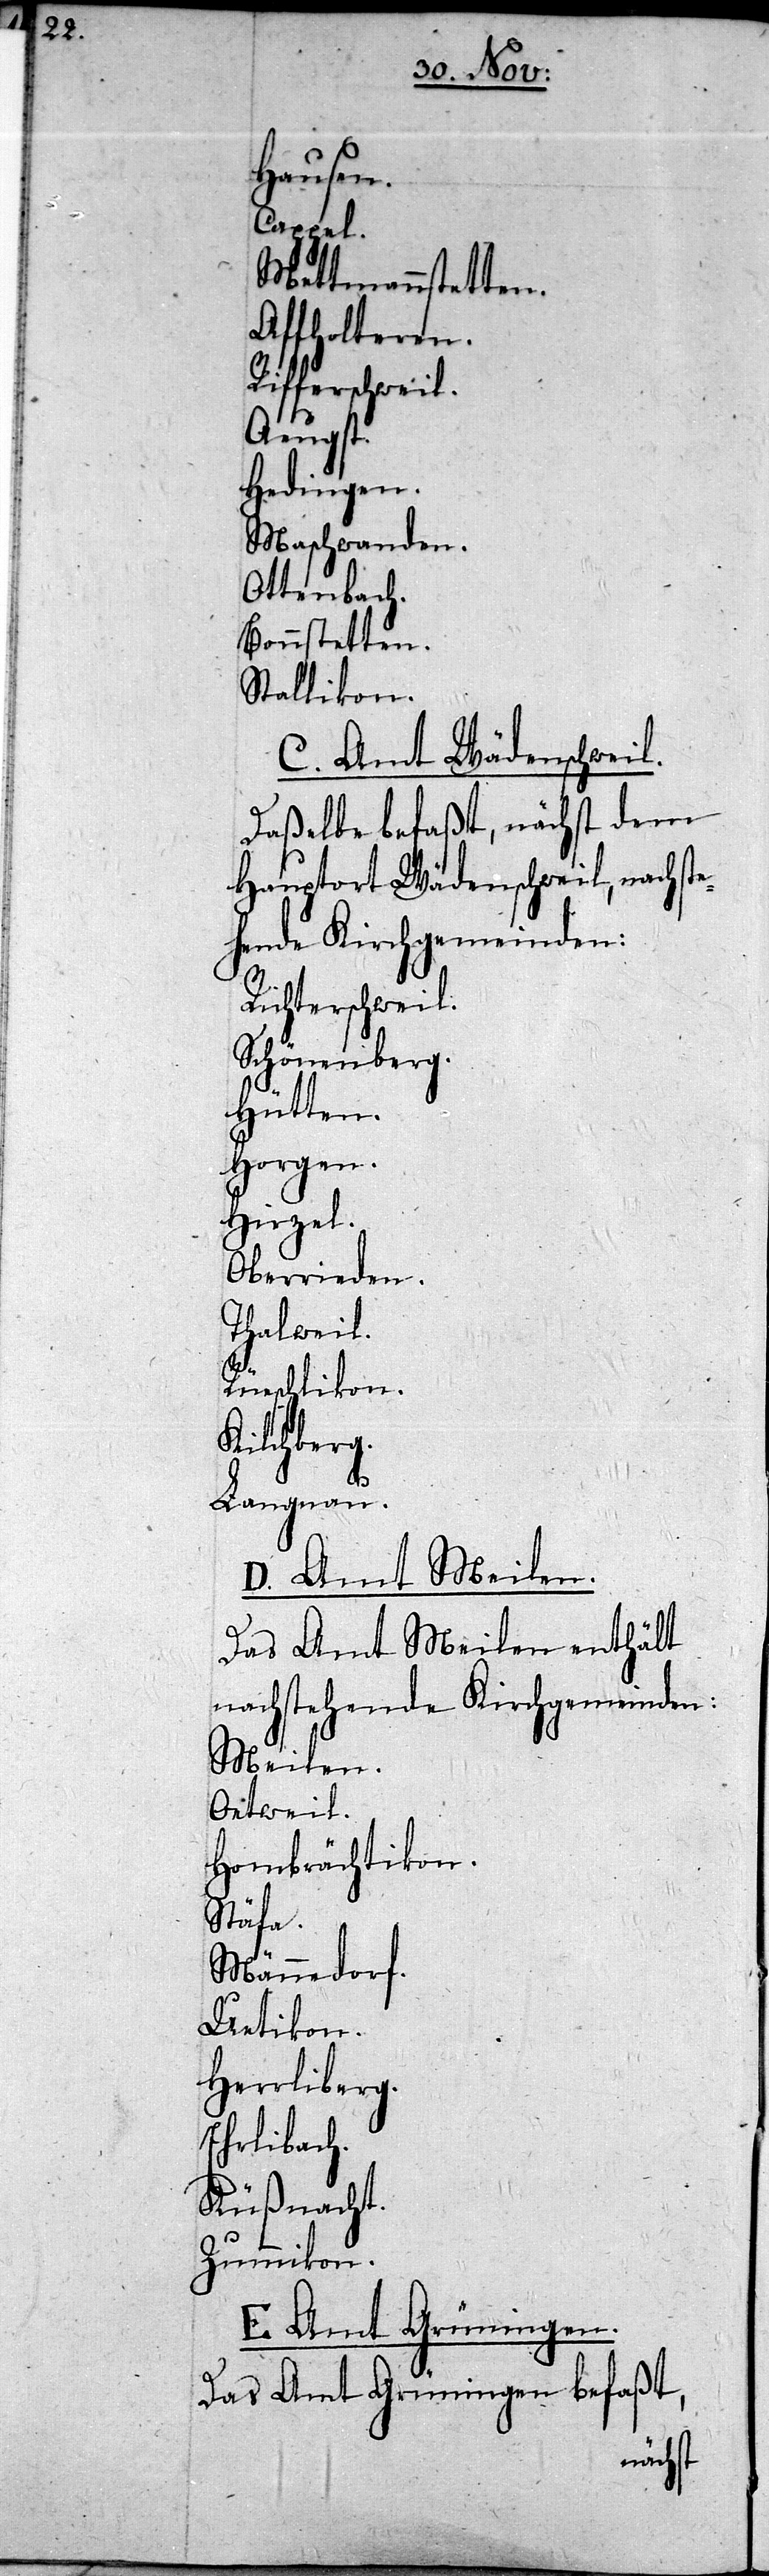
Hausen.
Cappel.
Mettmannstetten.
Affholteren.
Rifferschweil.
Aeugst.
Hedingen.
Maschwanden.
Ottenbach.
Bonnstetten.
Stallikon.
C. Amt Wäde¬
Daßelbe befaßt, näc¬
Hauptort Wädenschweil,
Richterschweil.
Schönenberg.
Hütten.
Horgen.
Hirzel.
Oberrieden.
Thalweil.
Rüschlikon.
Kilchberg.
dem
Langnau.
D. Amt Meilen.
Das Amt Meilen enthält
nachstehende Kirchgemeinden:
Meilen.
Oetweil.
Hombrächtikon.
Stäfa.
Männedorf.
Uetikon.
Herrliberg.
Ehrlibach.
Küßnacht.
Zummikon.
E. Amt Grüningen.
Das Amt Grüningen befaßt,

hst